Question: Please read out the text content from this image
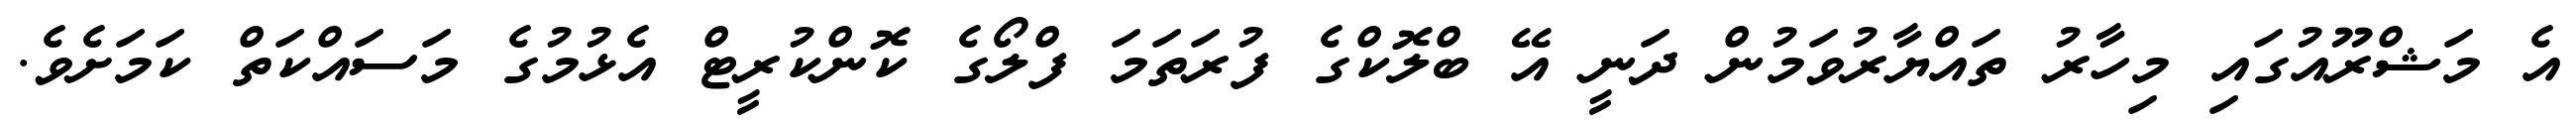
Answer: އެ މަޝްރޫއުގައި މިހާރު ތައްޔާރުވަމުން ދަނީ އޭ ބްލޮކްގެ ފުރަތަމަ ފްލޯގެ ކޮންކުރީޓް އެޅުމުގެ މަސައްކަތް ކަމަށެވެ.